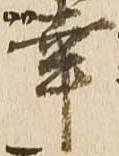
幸